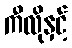
ကီလိုနှင့်